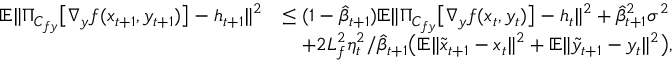
\begin{array} { r l } { \mathbb { E } \| \Pi _ { C _ { f y } } \big [ \nabla _ { y } f ( x _ { t + 1 } , y _ { t + 1 } ) \big ] - h _ { t + 1 } \| ^ { 2 } } & { \leq ( 1 - \hat { \beta } _ { t + 1 } ) \mathbb { E } \| \Pi _ { C _ { f y } } \big [ \nabla _ { y } f ( x _ { t } , y _ { t } ) \big ] - h _ { t } \| ^ { 2 } + \hat { \beta } _ { t + 1 } ^ { 2 } \sigma ^ { 2 } } \\ & { \quad + 2 L _ { f } ^ { 2 } \eta _ { t } ^ { 2 } / \hat { \beta } _ { t + 1 } \big ( \mathbb { E } \| \tilde { x } _ { t + 1 } - x _ { t } \| ^ { 2 } + \mathbb { E } \| \tilde { y } _ { t + 1 } - y _ { t } \| ^ { 2 } \big ) , } \end{array}